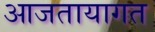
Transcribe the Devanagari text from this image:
आजतायागत